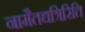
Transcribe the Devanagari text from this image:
नामैतद्यत्रिरिति